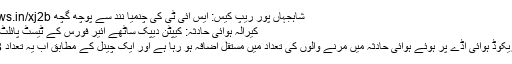
شاہجہاں پور ریپ کیس: ایس آئی ٹی کی چنمیا نند سے پوچھ گچھ http://sonews.in/xj2b
کیرالہ ہوائی حادثہ: کیپٹن دیپک ساٹھے ائیر فورس کے ٹیسٹ پائلٹ رہ چکے تھے
کیرالہ کے کوزیکوڈ ہوائی اڈے پر ہوئے ہوائی حادثہ میں مرنے والوں کی تعداد میں مستقل اضافہ ہو رہا ہے اور ایک چینل کے مطابق اب یہ تعداد 18 ہو گئی ہے۔